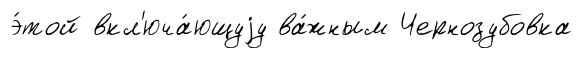
э́той вкл'юча́ющуjу ва́жным Чернозубовка